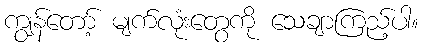
ကျွန်တော့် မျက်လုံးတွေကို သေချာကြည့်ပါ။